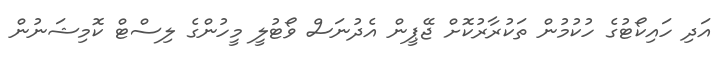
އަދި ހައިކޯޓުގެ ހުކުމުން ތަކުރާރުކޮށް ޖޭޕީން އެދުނަސް ވޯޓުލީ މީހުންގެ ލިސްޓް ކޮމިޝަނުން